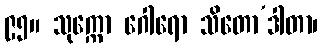
၉၅။ သုက္ကော ဂေါရော သိတော’ဒါတာ၊